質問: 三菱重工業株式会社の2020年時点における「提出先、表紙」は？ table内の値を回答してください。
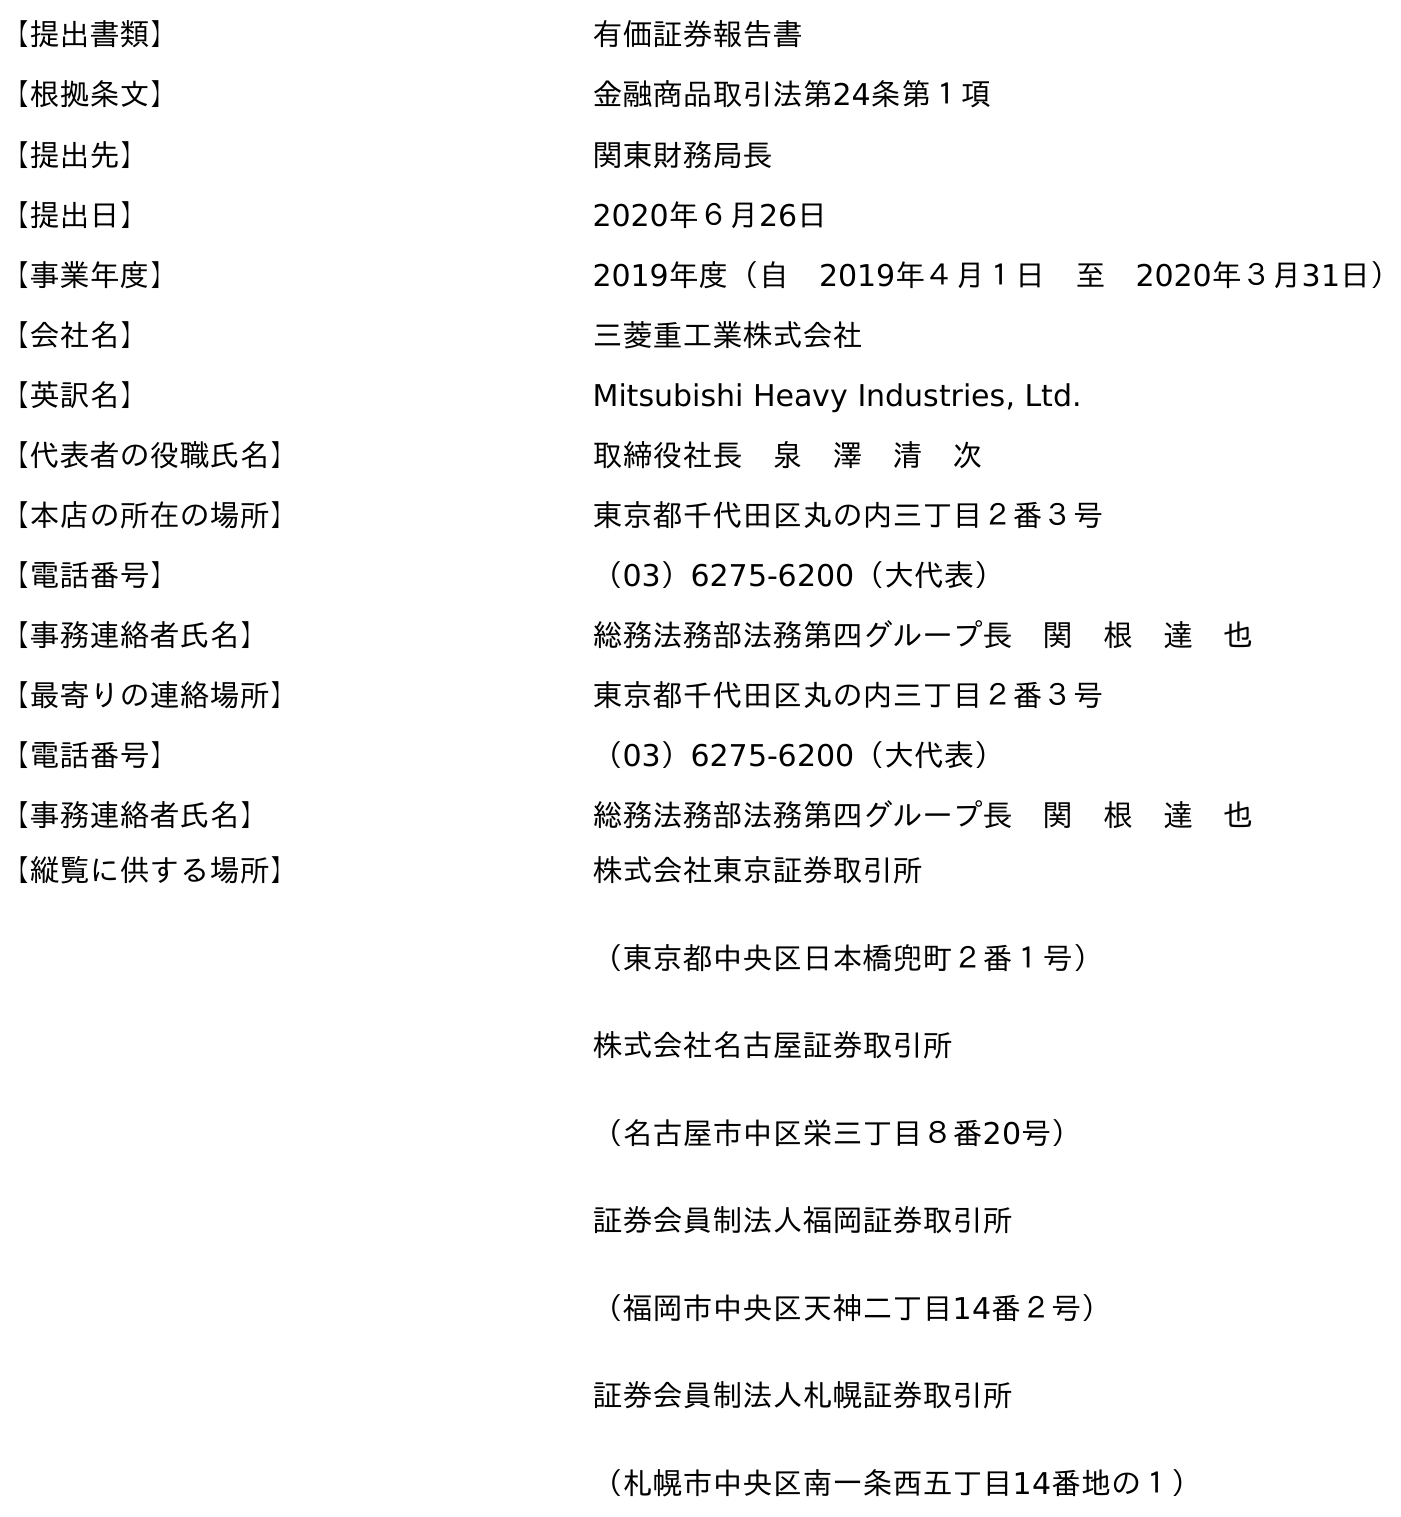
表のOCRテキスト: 【提出書類】 有価証券報告書 【根拠条文】 金融商品取引法第24条第１項 【提出先】 関東財務局長 【提出日】 2020年６月26日 【事業年度】 2019年度（自 2019年４月１日 至 2020年３月31日） 【会社名】 三菱重工業株式会社 【英訳名】 Mitsubishi Heavy Industries, Ltd. 【代表者の役職氏名】 取締役社長 泉 澤 清 次 【本店の所在の場所】 東京都千代田区丸の内三丁目２番３号 【電話番号】 （03）6275-6200（大代表） 【事務連絡者氏名】 総務法務部法務第四グループ長 関 根 達 也 【最寄りの連絡場所】 東京都千代田区丸の内三丁目２番３号 【電話番号】 （03）6275-6200（大代表） 【事務連絡者氏名】 総務法務部法務第四グループ長 関 根 達 也 【縦覧に供する場所】 株式会社東京証券取引所 （東京都中央区日本橋兜町２番１号） 株式会社名古屋証券取引所 （名古屋市中区栄三丁目８番20号） 証券会員制法人福岡証券取引所 （福岡市中央区天神二丁目14番２号） 証券会員制法人札幌証券取引所 （札幌市中央区南一条西五丁目14番地の１）
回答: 関東財務局長